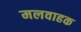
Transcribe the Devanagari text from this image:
मलवाहक